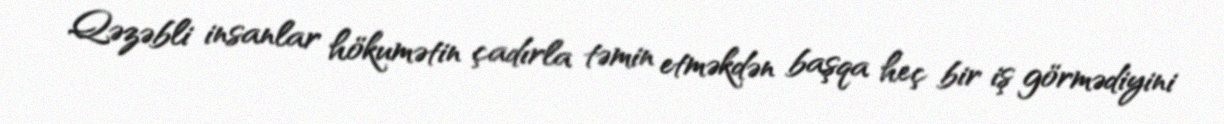
Qəzəbli insanlar hökumətin çadırla təmin etməkdən başqa heç bir iş görmədiyini